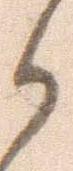
か